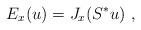
LaTeX: \begin{align*}E_x(u)=J_x(S^*u)\ ,\end{align*}